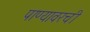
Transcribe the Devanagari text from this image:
पाण्यावरची